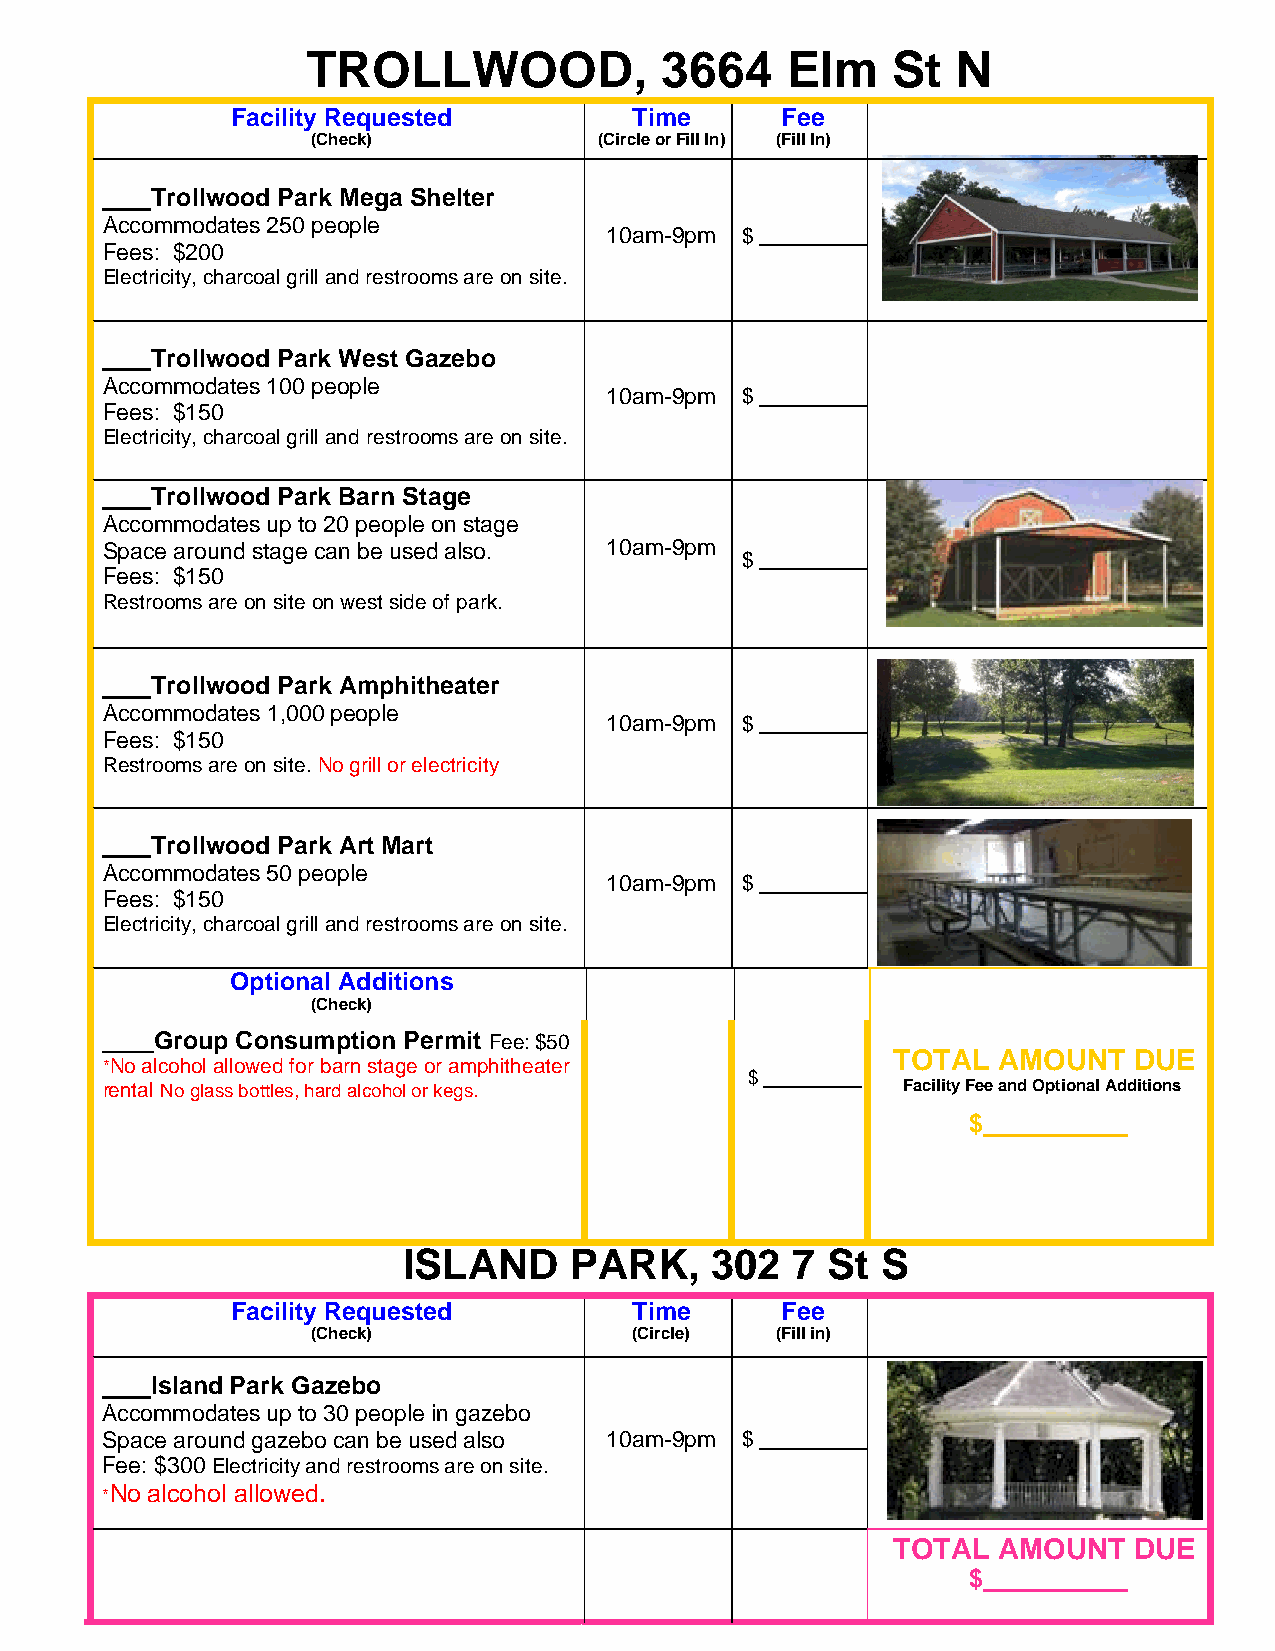
TROLLWOOD,              3664    Elm    St  N
 Facility Requested         Time      Fee
 (Check)            (Circle or Fill In) (Fill In)
 Trollwood Park Mega Shelter
 Accommodates 250 people
 10am-9pm $
 Fees: $200
 Electricity, charcoal grill and restrooms are on site.
 Trollwood Park West Gazebo
 Accommodates 100 people
 10am-9pm $
 Fees: $150
 Electricity, charcoal grill and restrooms are on site.
 Trollwood Park Barn Stage
 Accommodates up to 20 people on stage
 Space around stage can be used also. 10am-9pm
 $
 Fees: $150
 Restrooms are on site on west side of park.
 Trollwood Park Amphitheater
 Accommodates 1,000 people
 10am-9pm $
 Fees: $150
 Restrooms are on site. No grill or electricity
 Trollwood Park Art Mart
 Accommodates 50 people
 10am-9pm $
 Fees: $150
 Electricity, charcoal grill and restrooms are on site.
 Optional Additions
 (Check)
 Group Consumption Permit Fee: $50
 TOTAL  AMOUNT   DUE
 *No alcohol allowed for barn stage or amphitheater
 $
 rental No glass bottles, hard alcohol or kegs.       Facility Fee and Optional Additions
 $
 ISLAND     PARK,    302  7  St S
 Facility Requested         Time      Fee
 (Check)              (Circle) (Fill in)
 Island Park Gazebo
 Accommodates up to 30 people in gazebo
 Space around gazebo can be used also 10am-9pm $
 Fee: $300 Electricity and restrooms are on site.
 *No alcohol allowed.
 TOTAL  AMOUNT   DUE
 $